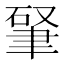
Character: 𱻿